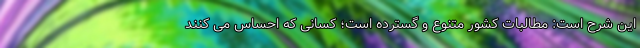
این شرح است: مطالبات کشور متنوع و گسترده است؛‌ کسانی که احساس می کنند